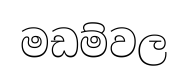
මඩම්වල